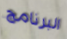
البرنامج